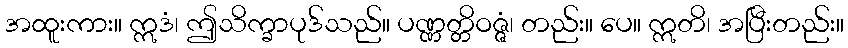
အထူးကား။ ဣဒံ၊ ဤသိက္ခာပုဒ်သည်။ ပဏ္ဏတ္တိဝဇ္ဇံ၊ တည်း။ ပေ။ ဣတိ၊ အပြီးတည်း။